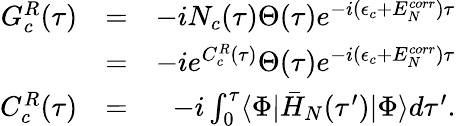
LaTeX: \begin{array}{rlr}{G_{c}^{R}(\tau)}&{=}&{-iN_{c}(\tau)\Theta(\tau)e^{-i(\epsilon_{c}+E_{N}^{corr})\tau}}\\ &{=}&{-ie^{C_{c}^{R}(\tau)}\Theta(\tau)e^{-i(\epsilon_{c}+E_{N}^{corr})\tau}}\\ {C_{c}^{R}(\tau)}&{=}&{-i\int_{0}^{\tau}\langle\Phi|\bar{H}_{N}(\tau^{\prime})|\Phi\rangle d\tau^{\prime}.}\end{array}